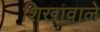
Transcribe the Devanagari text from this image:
शिखावाले